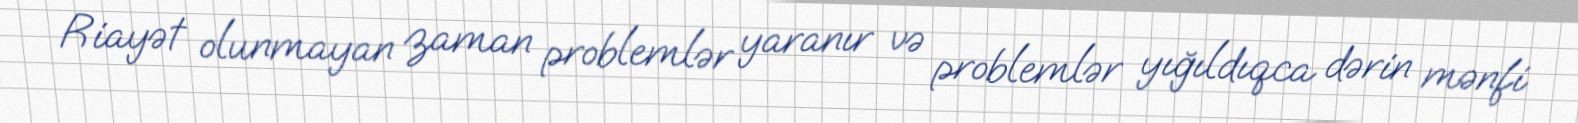
Riayət olunmayan zaman problemlər yaranır və problemlər yığıldıqca dərin mənfi